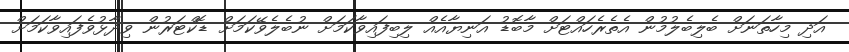
އަދި މިހާތަނަށް ބެލިބެލުމުން އެތެރެހައްޓަށް މާބޮޑު އަނިޔާއެއް ލިބިފައިވާކަމަށް ނުބެލެވޭކަމަށް ޑޮކްޓަރުން ވިދާޅުވެފައިވާކަމަށް